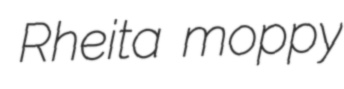
Rheita moppy